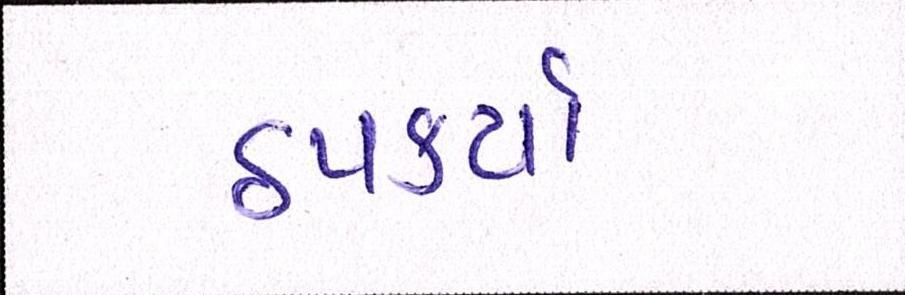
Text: ઠપકર્યા